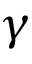
\gamma